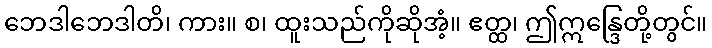
ဘေဒါဘေဒါတိ၊ ကား။ စ၊ ထူးသည်ကိုဆိုအံ့။ ဧတ္ထ၊ ဤဣန္ဒြေတို့တွင်။